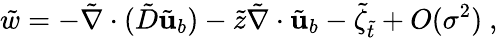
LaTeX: \tilde{w}=-\tilde{\nabla}\cdot(\tilde{D}\tilde{\mathbf{u}}_{b})-\tilde{z}\tilde{\nabla}\cdot\tilde{\mathbf{u}}_{b}-\tilde{\zeta}_{\tilde{t}}+O(\sigma^{2})\ ,